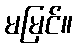
မမြင်။